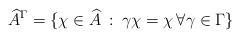
LaTeX: \begin{align*} \widehat{A}^\Gamma = \{\chi \in \widehat{A} \: : \: \gamma \chi = \chi \, \forall \gamma \in \Gamma\}\end{align*}